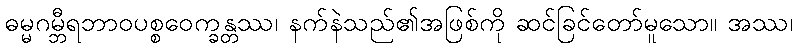
ဓမ္မဂမ္ဘီရဘာဝပစ္စဝေက္ခန္တဿ၊ နက်နဲသည်၏အဖြစ်ကို ဆင်ခြင်တော်မူသော။ အဿ၊